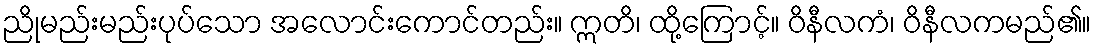
ညိုမည်းမည်းပုပ်သော အလောင်းကောင်တည်း။ ဣတိ၊ ထို့ကြောင့်။ ဝိနီလကံ၊ ဝိနီလကမည်၏။